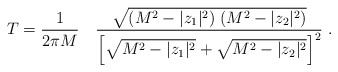
\begin{align*}T = {1 \over 2\pi M} \quad {\sqrt{(M^2 - |z_1|^2) \; (M^2 - |z_2|^2)}\over \left[ \sqrt{M^2 -|z_1|^2 } + \sqrt{ M^2 - |z_2|^2}\right ]^2}\ .\end{align*}